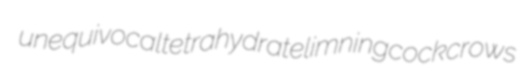
unequivocal tetrahydrate limning cockcrows